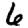
Digit: 6